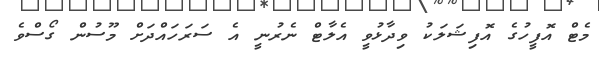
މެޓް އޮފީހުގެ އޮފިޝަލަކު ވިދާޅުވީ އެލާޓް ނެރުނީ އެ ސަރަހައްދަށް މޫސުން ގޯސްވެ